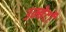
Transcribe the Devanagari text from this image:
उम्बेर्टो